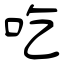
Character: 吃